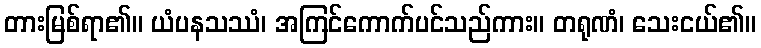
တားမြစ်ရာ၏။ ယံပနသဿံ၊ အကြင်ကောက်ပင်သည်ကား။ တရုဏံ၊ သေးငယ်၏။